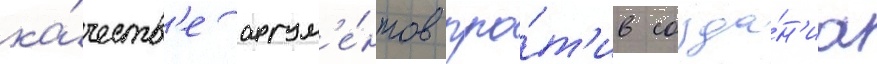
ка́честв'е аргум'е́нтов про́т'ив созда́н'иа